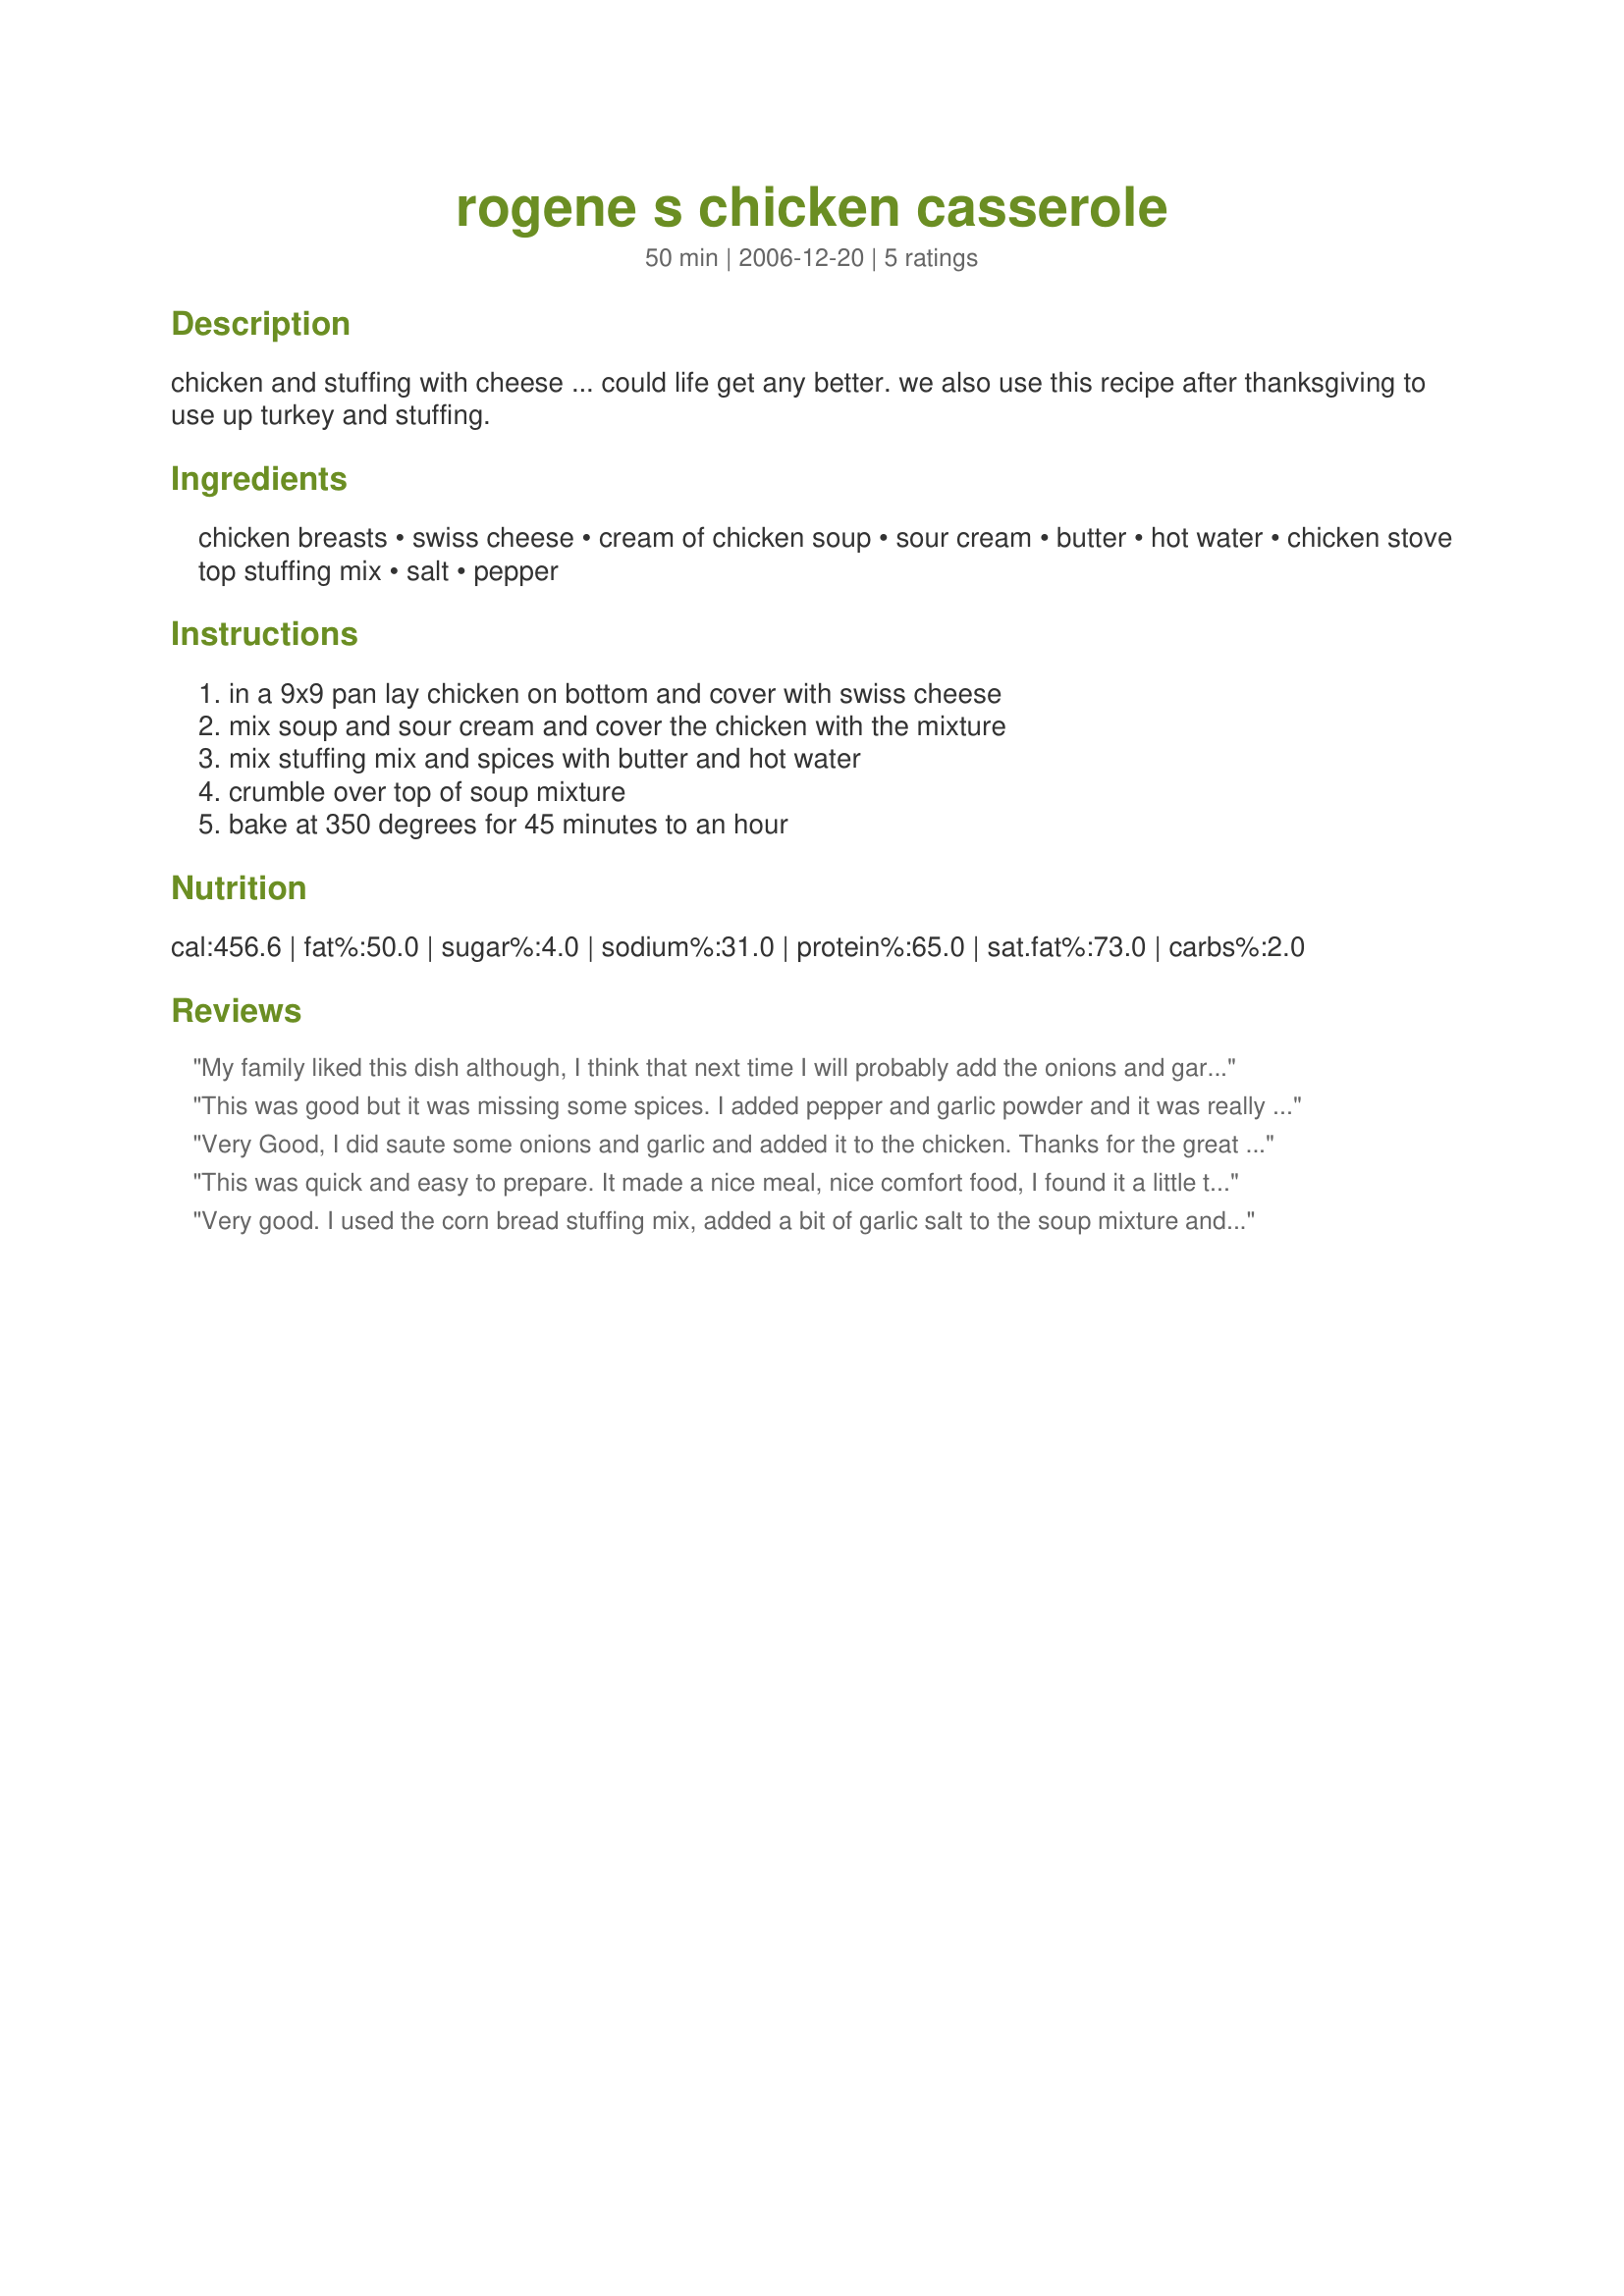
rogene s chicken casserole
Preparation time: 50 minutes

chicken and stuffing with cheese ... could life get any better. we also use this recipe after thanksgiving to use up turkey and stuffing.

Ingredients:
chicken breasts, swiss cheese, cream of chicken soup, sour cream, butter, hot water, chicken stove top stuffing mix, salt, pepper

Steps:
in a 9x9 pan lay chicken on bottom and cover with swiss cheese, mix soup and sour cream and cover the chicken with the mixture, mix stuffing mix and spices with butter and hot water, crumble over top of soup mixture, bake at 350 degrees for 45 minutes to an hour

Reviews:
My family liked this dish although, I think that next time I will probably add the onions and garlic like the other reviewer. It was very easy to throw together after work and made for a nice dinner for the family. Thanks for posting.
This was good but it was missing some spices. I added pepper and garlic powder and it was really good. I also used 4 slices of swiss cheese. The whole family enjoyed this and it was easy to make. Thanks Hill Family!
Very Good, I did saute some onions and garlic and added it to the chicken. Thanks for the great recipe.
This was quick and easy to prepare. It made a nice meal, nice comfort food, I found it a little too rich, but DH loved it.
Very good. I used the corn bread stuffing mix, added a bit of garlic salt to the soup mixture and chose to use boneless skinless chicken thighs. I like that the thighs have way more flavor and don't dry out like breasts during a longer cooking time. :)l
